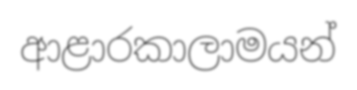
ආළාරකාලාමයන්